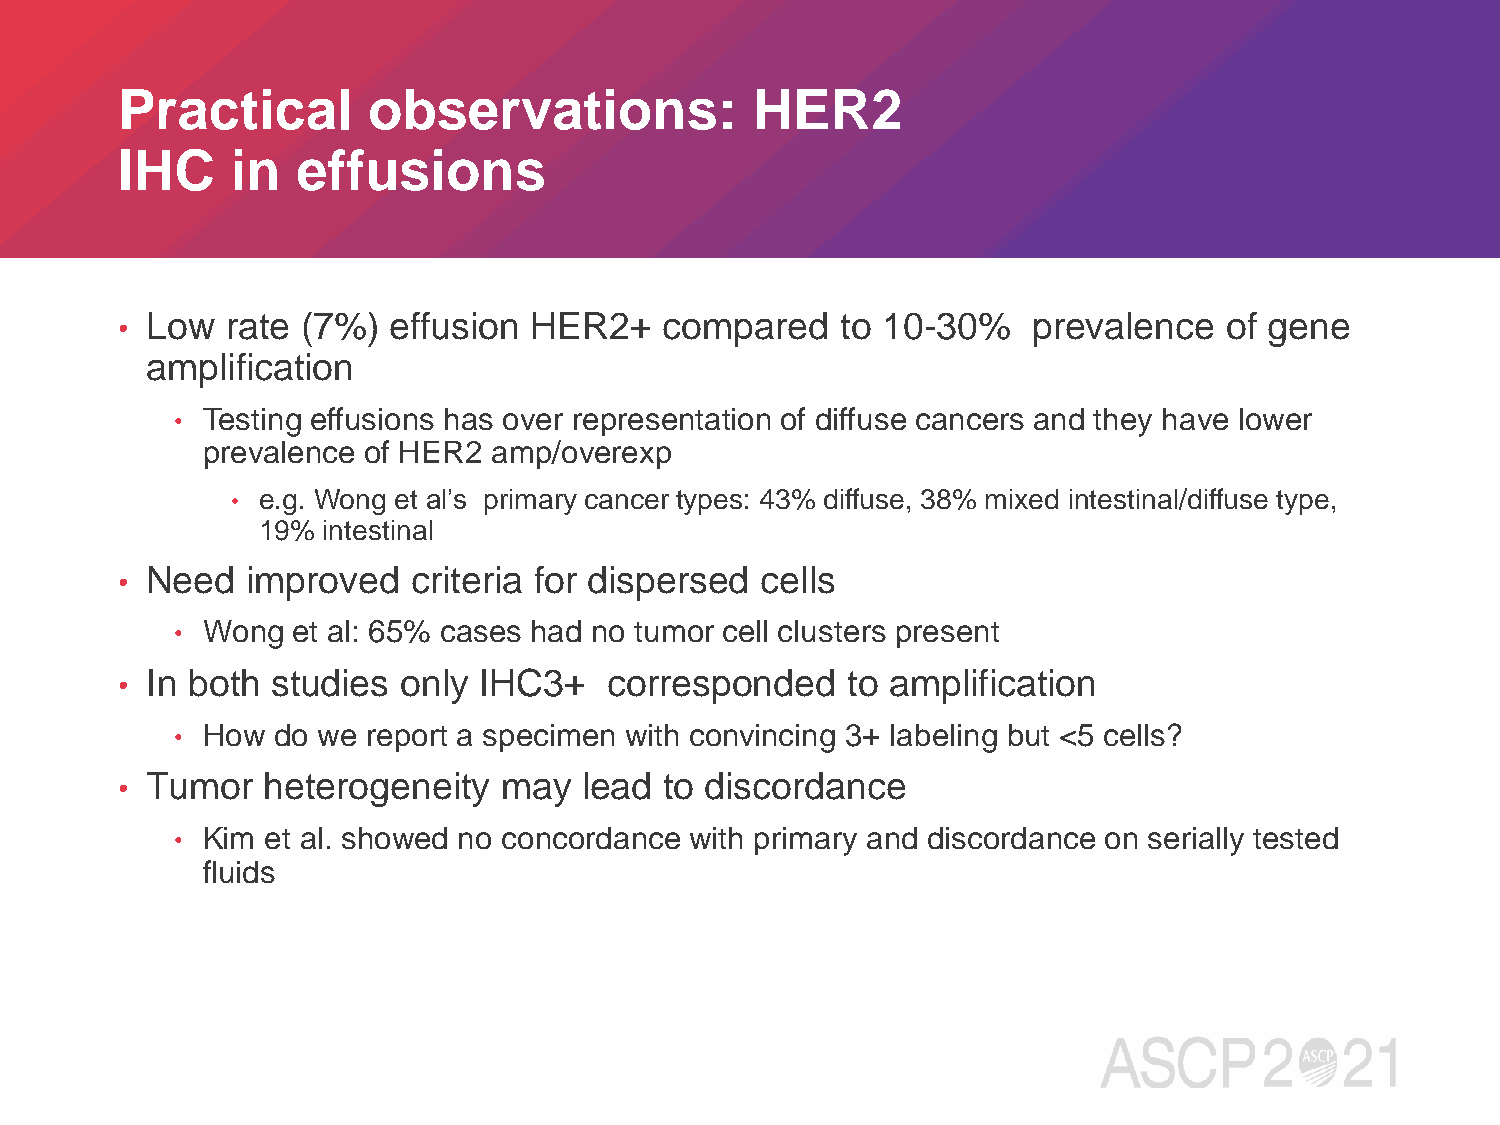
Practical       observations:             HER2
 IHC    in   effusions
 • Low  rate (7%)  effusion HER2+    compared    to 10-30%   prevalence   of gene
 amplification
 • Testing effusions has over representation of diffuse cancers and they have lower
 prevalence of HER2  amp/overexp
 • e.g. Wong et al’s primary cancer types: 43% diffuse, 38% mixed intestinal/diffuse type,
 19% intestinal
 • Need  improved   criteria for dispersed cells
 • Wong et al: 65% cases had no tumor cell clusters present
 • In both studies  only IHC3+   corresponded    to amplification
 • How do we report a specimen with convincing 3+ labeling but <5 cells?
 • Tumor  heterogeneity   may   lead to discordance
 • Kim et al. showed no concordance with primary and discordance on serially tested
 fluids